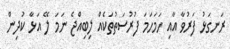
ރަނގަޅު ފަރުވާ އާއި ހަމަހަމަ ފުރުސަތުތަކެއް ލިބިއްޖެ ނަމަ ލޭ އަޅާ ކުދިން